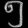
Digit: ၅